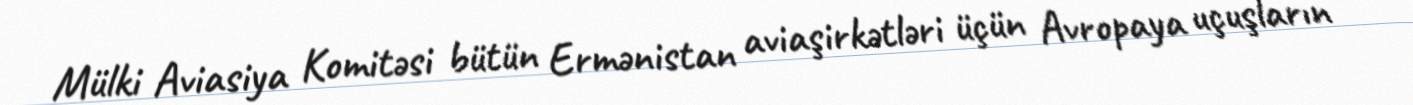
Mülki Aviasiya Komitəsi bütün Ermənistan aviaşirkətləri üçün Avropaya uçuşların